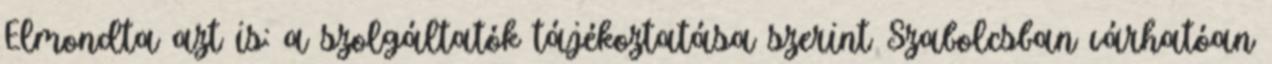
Elmondta azt is: a szolgáltatók tájékoztatása szerint Szabolcsban várhatóan